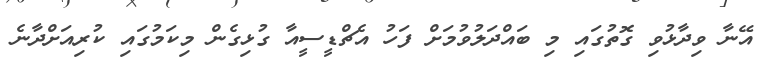
އޭނާ ވިދާޅުވި ގޮތުގައި މި ބައްދަލުވުމަށް ފަހު އެޗްޑީސީއާ ގުޅިގެން މިކަމުގައި ކުރިއަށްދާނެ